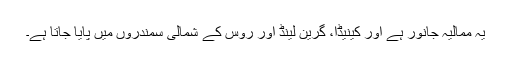
یہ ممالیہ جانور ہے اور کینیڈا، گرین لینڈ اور روس کے شمالی سمندروں میں پایا جاتا ہے۔